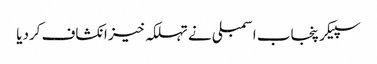
سپیکر پنجاب اسمبلی نے تہلکہ خیز انکشاف کردیا